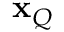
\mathbf { x } _ { Q }